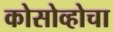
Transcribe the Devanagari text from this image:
कोसोव्होचा